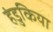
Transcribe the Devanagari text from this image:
हंडुकिया